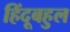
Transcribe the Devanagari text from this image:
हिंदूबहुल